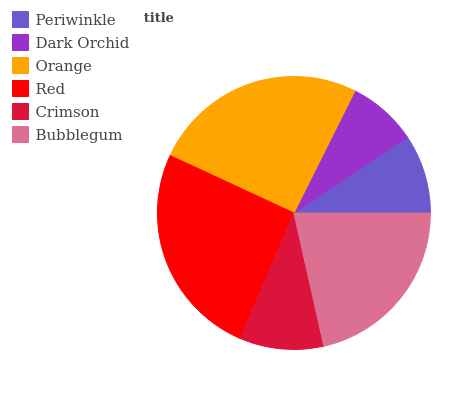
| Periwinkle | Dark Orchid | Orange | Red | Crimson | Bubblegum |
 | --- | --- | --- | --- | --- | --- |
 | 9.38% | 8.25% | 25.5% | 25.5% | 9.93% | 21.5% |